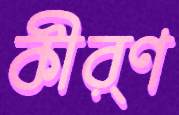
কীর্ণ